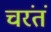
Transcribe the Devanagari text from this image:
चरंतं